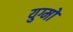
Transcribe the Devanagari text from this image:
युग्मो